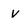
Character: v